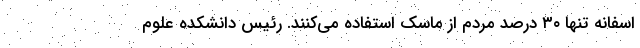
اسفانه تنها ۳۰ درصد مردم از ماسک استفاده می‌کنند. رئیس دانشکده علوم